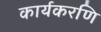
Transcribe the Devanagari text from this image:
कार्यकरणि